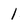
Character: 1